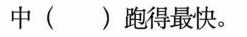
中( )跑得最快。